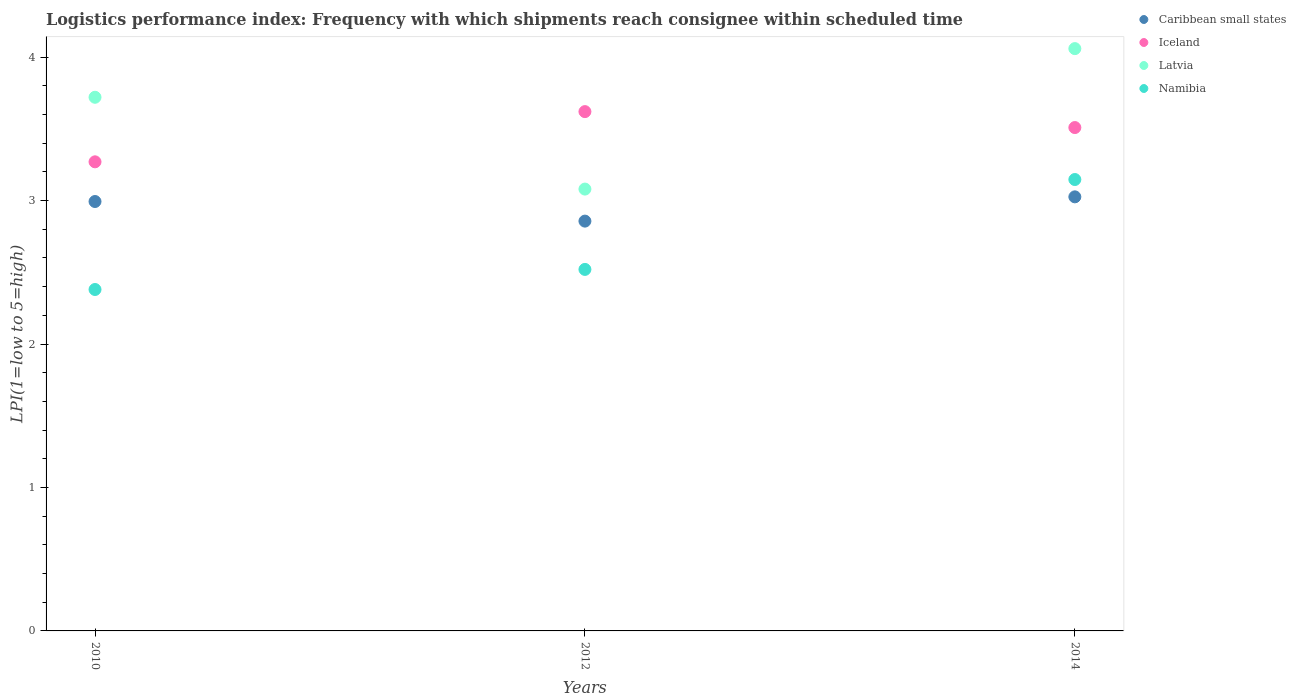
| Years | Caribbean small states | Iceland | Latvia | Namibia |
 | --- | --- | --- | --- | --- |
 | 2010 | 2.99 | 3.27 | 3.72 | 2.38 |
 | 2012 | 2.86 | 3.62 | 3.08 | 2.52 |
 | 2014 | 3.03 | 3.51 | 4.06 | 3.15 |